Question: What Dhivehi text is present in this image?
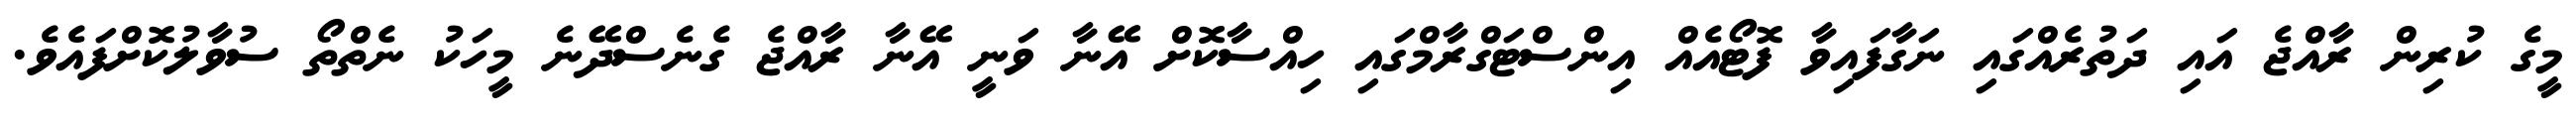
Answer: މީގެ ކުރިން ރާއްޖެ އައި ދަތުރެއްގައި ނަގާފައިވާ ފޮޓޯއެއް އިންސްޓަގްރާމްގައި ހިއްސާކޮށް އޭނާ ވަނީ އޭނާ ރާއްޖެ ގެނެސްދޭނެ މީހަކު ނެތްތޯ ސުވާލުކޮށްފައެވެ.